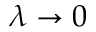
\lambda \rightarrow 0